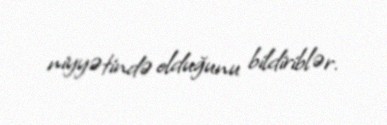
niyyətində olduğunu bildiriblər.